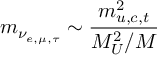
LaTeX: m _ { \nu _ { e , \mu , \tau } } \sim { \frac { m _ { u , c , t } ^ { 2 } } { M _ { U } ^ { 2 } / M } }